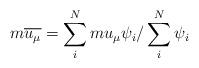
LaTeX: \begin{align*}m\overline{u_\mu }=\sum\limits_i^Nmu_\mu \psi _i/\sum\limits_i^N\psi _i\quad\end{align*}